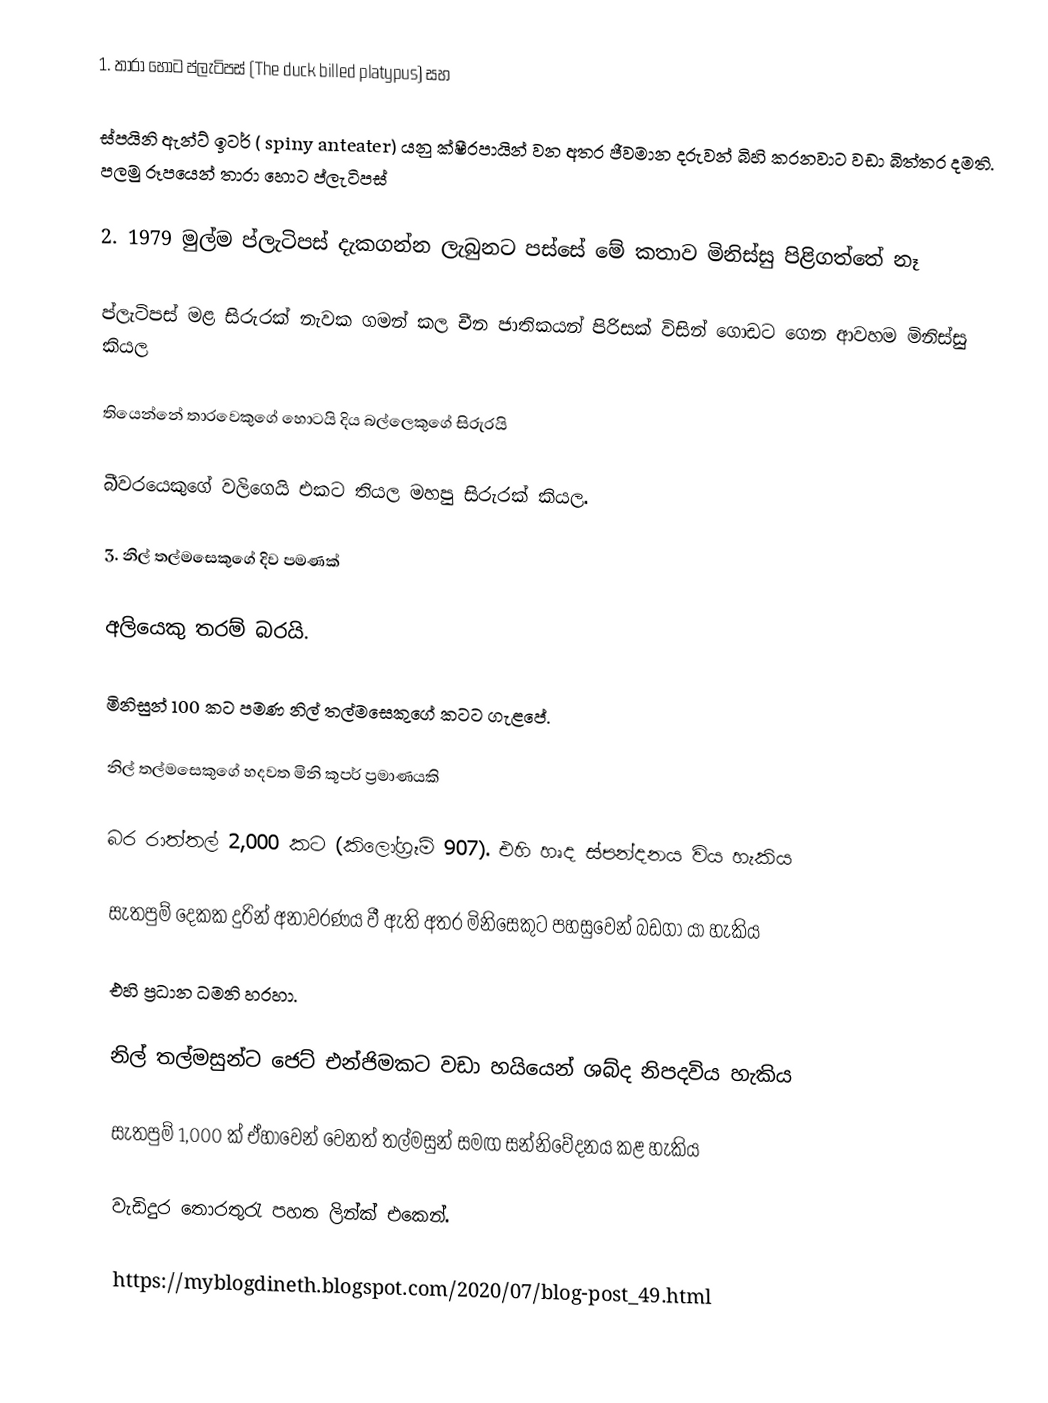
1. තාරා හොට ප්ලැටිපස් (The duck billed platypus) සහ

ස්පයිනි ඇන්ට් ඉටර් ( spiny anteater) යනු ක්ෂීරපායින් වන අතර ජීවමාන දරුවන් බිහි කරනවාට වඩා බිත්තර දමති. පලමු රූපයෙන් තාරා හොට ප්ලැටිපස්

2. 1979 මුල්ම ප්ලැටිපස් දැකගන්න ලැබුනට පස්සේ මේ කතාව මිනිස්සු පිළිගත්තේ නෑ

ප්ලැටිපස් මළ සිරුරක් නැවක ගමන් කල චීන ජාතිකයන් පිරිසක් විසින් ගොඩට ගෙන ආවහම මිනිස්සු කියල

තියෙන්නේ තාරවෙකුගේ හොටයි දිය බල්ලෙකුගේ සිරුරයි

බීවරයෙකුගේ වලිගෙයි එකට තියල මහපු සිරුරක් කියල.

3. නිල් තල්මසෙකුගේ දිව පමණක්

අලියෙකු තරම් බරයි.

මිනිසුන් 100 කට පමණ නිල් තල්මසෙකුගේ කටට ගැළපේ.

නිල් තල්මසෙකුගේ හදවත මිනි කූපර් ප්‍රමාණයකි

බර රාත්තල් 2,000 කට (කිලෝග්‍රෑම් 907). එහි හෘද ස්පන්දනය විය හැකිය

සැතපුම් දෙකක දුරින් අනාවරණය වී ඇති අතර මිනිසෙකුට පහසුවෙන් බඩගා යා හැකිය

එහි ප්‍රධාන ධමනි හරහා.

නිල් තල්මසුන්ට ජෙට් එන්ජිමකට වඩා හයියෙන් ශබ්ද නිපදවිය හැකිය

සැතපුම් 1,000 ක් ඒහාවෙන් වෙනත් තල්මසුන් සමඟ සන්නිවේදනය කළ හැකිය

වැඩිදුර තොරතුරැ පහත ලින්ක් එකෙන්.

https://myblogdineth.blogspot.com/2020/07/blog-post_49.html